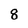
Character: 8